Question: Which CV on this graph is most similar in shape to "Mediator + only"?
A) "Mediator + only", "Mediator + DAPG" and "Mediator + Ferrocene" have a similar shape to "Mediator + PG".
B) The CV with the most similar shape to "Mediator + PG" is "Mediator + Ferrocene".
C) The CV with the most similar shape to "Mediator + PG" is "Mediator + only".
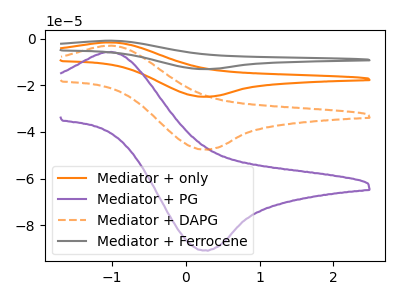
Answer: <think>The orange curve "Mediator + only" has an anodic peak at (-1.00V, -6.00uA) and a cathodic peak at (0.25V, -95.05uA). The purple curve "Mediator + PG" has an anodic peak at (-1.00V, -5.70uA) and a cathodic peak at (0.25V, -90.80uA). The orange dashed curve "Mediator + DAPG" has an anodic peak at (-1.00V, -3.00uA) and a cathodic peak at (0.25V, -47.50uA). The gray curve "Mediator + Ferrocene" has an anodic peak at (-1.00V, -8.95uA) and a cathodic peak at (0.25V, -142.55uA).
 All the peaks in "Mediator + only" have a peak in "Mediator + PG" at the same potential. All the peaks in "Mediator + only" have a peak in "Mediator + DAPG" at the same potential. All the peaks in "Mediator + only" have a peak in "Mediator + Ferrocene" at the same potential. All the peaks in "Mediator + PG" have a peak in "Mediator + DAPG" at the same potential. All the peaks in "Mediator + PG" have a peak in "Mediator + Ferrocene" at the same potential. All the peaks in "Mediator + DAPG" have a peak in "Mediator + Ferrocene" at the same potential.</think>
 <answer>A) "Mediator + only", "Mediator + DAPG" and "Mediator + Ferrocene" have a similar shape to "Mediator + PG".</answer>
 <eval>A</eval>